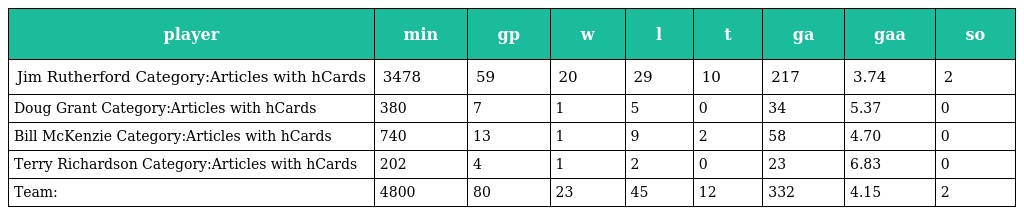
| player | min | gp | w | l | t | ga | gaa | so |
 | --- | --- | --- | --- | --- | --- | --- | --- | --- |
 | Jim Rutherford Category:Articles with hCards | 3478 | 59 | 20 | 29 | 10 | 217 | 3.74 | 2 |
 | Doug Grant Category:Articles with hCards | 380 | 7 | 1 | 5 | 0 | 34 | 5.37 | 0 |
 | Bill McKenzie Category:Articles with hCards | 740 | 13 | 1 | 9 | 2 | 58 | 4.70 | 0 |
 | Terry Richardson Category:Articles with hCards | 202 | 4 | 1 | 2 | 0 | 23 | 6.83 | 0 |
 | Team: | 4800 | 80 | 23 | 45 | 12 | 332 | 4.15 | 2 |